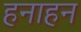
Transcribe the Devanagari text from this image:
हनाहन